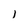
Character: l